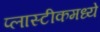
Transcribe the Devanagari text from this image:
प्लास्टीकमध्ये